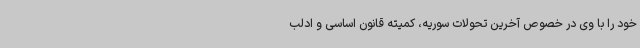
خود را با وی در خصوص آخرین تحولات سوریه، کمیته قانون اساسی و ادلب